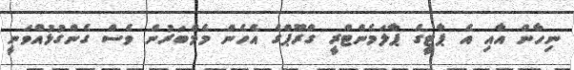
ނިހާން އާއި އެ ޕާޓީގެ ޕާލަމެންޓްރީ ގްރޫޕްގެ އެހެން މެމްބަރުން ވެސް ގެންގުޅުއްވަނީ